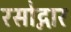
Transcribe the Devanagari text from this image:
रसोद्गार